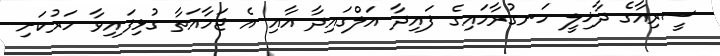
ސީރިއާގެ ދާޚިލީ ހަނގުރާމައިގެ ފައިދާ އަލްގައިދާ އާއި އެ ޖަމާއަތާ ގުޅިފައިވާ ހަރުކަށި